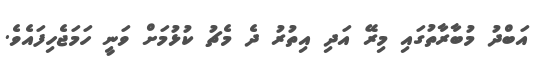
އަބްދު މުބާރާތުގައި މިރޭ އަދި އިތުރު ދެ މެޗު ކުޅުމަށް ވަނީ ހަމަޖެހިފައެވެ.